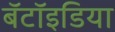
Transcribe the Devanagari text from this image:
बॅटॉइडिया